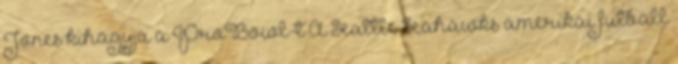
Jones kihagyja a ProBowl-t A Seattle Seahawks amerikai futball